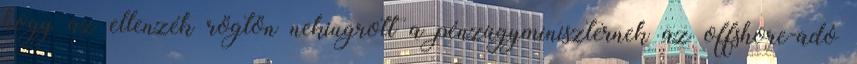
hogy az ellenzék rögtön nekiugrott a pénzügyminiszternek az offshore-adó